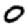
Digit: 0